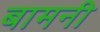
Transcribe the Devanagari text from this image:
बामनी